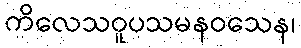
ကိလေသဝူပသမနဝသေန၊